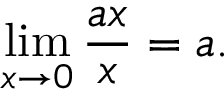
\operatorname* { l i m } _ { x \to 0 } { \frac { a x } { x } } = a . \qquad